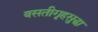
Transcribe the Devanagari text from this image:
वसतीगृहसुद्धा